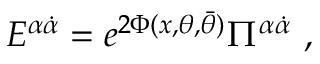
{ E } ^ { \alpha \dot { \alpha } } = e ^ { 2 \Phi ( x , \theta , \bar { \theta } ) } \Pi ^ { \alpha \dot { \alpha } } ~ ,